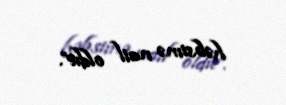
həbsimə nail oldu”.